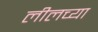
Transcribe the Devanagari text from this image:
लीलच्या